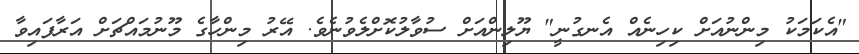
"އެކަމަކު މިންނުއަށް ކިހިނެއް އެނގުނީ" ޔޫލިންއަށް ސުވާލުކޮށްލެވުނެވެ. އޭރު މިންހާގެ މޫނުމައްޗަށް އަރާފައިވާ